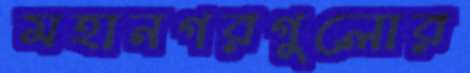
মহানগরগুলোর